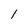
Character: l